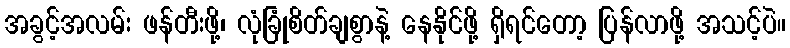
အခွင့်အလမ်း ဖန်တီးဖို့၊ လုံခြုံစိတ်ချစွာနဲ့ နေနိုင်ဖို့ ရှိရင်တော့ ပြန်လာဖို့ အသင့်ပဲ။